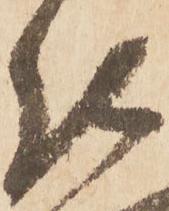
仕